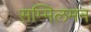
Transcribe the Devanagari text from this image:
सम्मिलमन